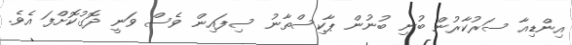
އިންޑިއާ ސަރުކާރުން ބުނި ބުނުން ޕާކިސްތާނު ސިފައިން ވެސް ވަނީ ދޮގުކޮށްފަ އެވެ.